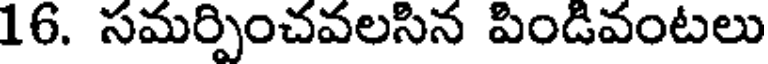
16. సమర్పించవలసిన పిండివంటలు